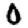
Digit: 0